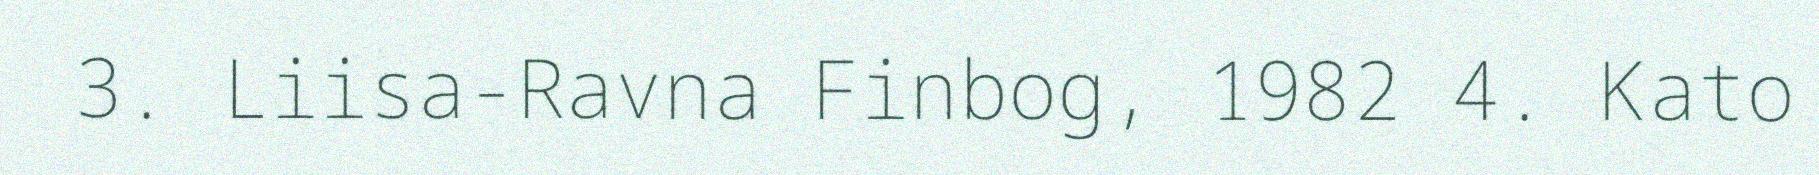
3. Liisa-Ravna Finbog, 1982 4. Kato